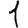
Digit: 1